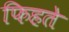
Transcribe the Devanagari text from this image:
फिहते